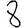
Digit: 8